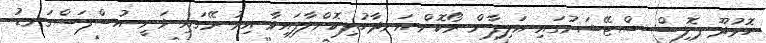
ހޮޅުދޫ ޕޮލިސް ސްޓޭޝަނުގައި އަލިފާން ރޯކޮށް އަނދާހުލިކޮށްލާފައިވާ އިރު ރޭގައި ވަނީ އުސްފަސްގަނޑު